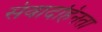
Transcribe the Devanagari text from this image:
संवादहिनता